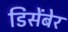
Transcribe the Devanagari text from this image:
डिसेंबेर